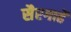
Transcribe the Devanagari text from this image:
सैरगाहें